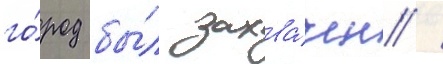
го́род бы́л захва́чен /